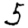
Digit: 5